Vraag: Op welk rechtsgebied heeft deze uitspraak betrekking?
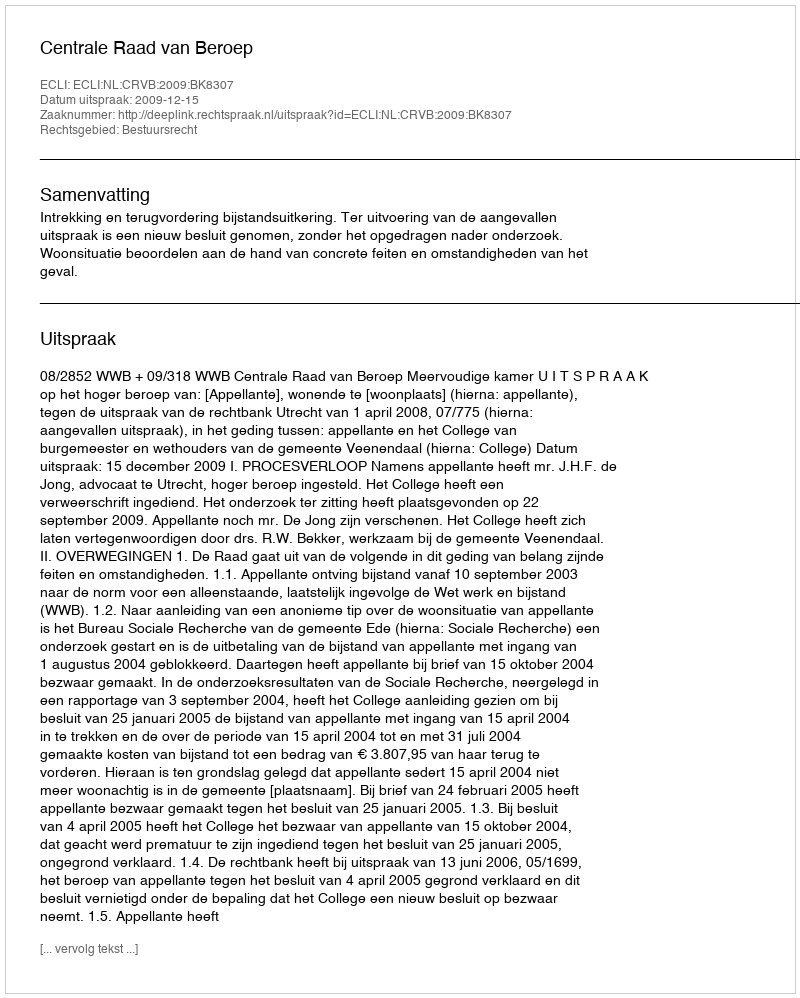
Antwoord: Bestuursrecht